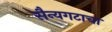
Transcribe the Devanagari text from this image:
सैन्यगटाचा